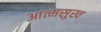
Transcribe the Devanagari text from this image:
आत्मसुख